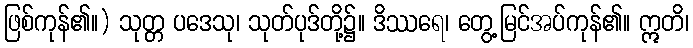
ဖြစ်ကုန်၏။) သုတ္တ ပဒေသု၊ သုတ်ပုဒ်တို့၌။ ဒိဿရေ၊ တွေ့မြင်အပ်ကုန်၏။ ဣတိ၊